Materia medica of Madras volume I
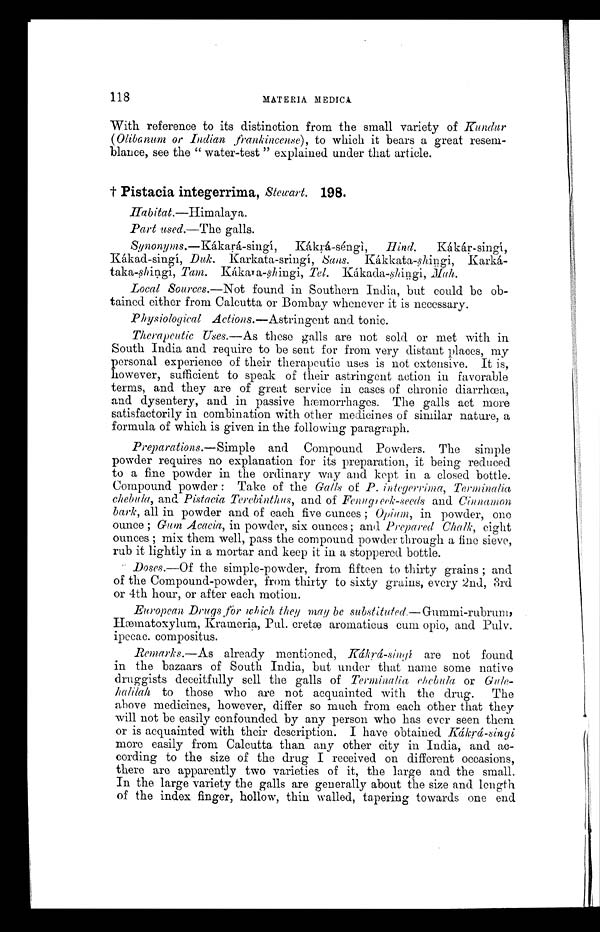
118
MATERIA MEDIC
A
With reference to its distinction from the small variety of Kundur
(Olibanum or Indian frankincense), to which it bears a great resem-
blance, see the " water-test " explained under that article.
† Pistacia integerrima, Stewart. 198 .
Habitat. —Himalaya.
Part used.—The galls.
Synonyms. —Kákaŗá-singí, Kákŗá-séngì, Hind.
Kákáŗ-sin
g í ,
Kákad-singí, Duk. Karkata-sringí, Sans. Kákkata-shingi, Karká-
taka-shingi, Tam. Kákara-shingi, Tel. Kákada-shingi, Mah.
Local Sources. —Not found in Southern India, but could be ob-
tained either from Calcutta or Bombay whenever it is necessary.
Physiological Actions. —Astringent and tonic.
Therapeutic Uses. —As these galls are not sold or met with in
South India and require to be sent for from very distant places, my
personal experience of their therapeutic uses is not extensive. It is,
however, sufficient to speak of their astringent action in favorable
terms, and they are of great service in cases of chronic diarrhœa,
and dysentery, and in passive hæmorrhages. The galls act more
satisfactorily in combination with other medicines of similar nature, a
formula of which is given in the following paragraph.
Preparations. —Simple and Compound Powders. The simple
powder requires no explanation for its preparation, it being reduced
to a fine powder in the ordinary way and kept in a closed bottle.
Compound powder : Take of the Galls of P. integerrima, Terminalia
chebula, and Pistacia Terebinthus, and of Fenugreek-seeds and Cinnamon
bark, all in powder and of each five ounces ; Opium, in powder, one
ounce ; Gum Acacia, in powder, six ounces ; and Prepared Chalk, eight
ounces ; mix them well, pass the compound powder through a fine sieve,
rub it lightly in a mortar and keep it in a stoppered bottle.
Doses.—Of the simple-powder, from fifteen to thirty grains ; and
of the Compound-powder, from thirty to sixty grains, every 2nd, 3rd
or 4th hour, or after each motion.
European Drugs ,for which they may be substituted. —Gummi-rubrum,
Hæ matoxylum, Krameria, Pul. cretæ aromaticus cum opio, and Pulv.
ipecac. compositus.
Remarks. —As already mentioned, Kákŗá-singí are not found
in the bazaars of South India, but under that name some native
druggists deceitfully sell the galls of Terminalia chebula or Gule-
halilah to those who are not acquainted with the drug. The
above medicines, however, differ so much from each other that they
will not be easily confounded by any person who has ever seen them
or is acquainted with their description. I have obtained Kákŗá-singi
more easily from Calcutta than any other city in India, and ac-
cording to the size of the drug I received on different occasions,
there are apparently two varieties of it, the large and the small.
In the large variety the galls are generally about the size and length
of the index finger, hollow, thin walled, tapering towards one end